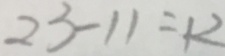
2 3 - 1 1 = 1 2